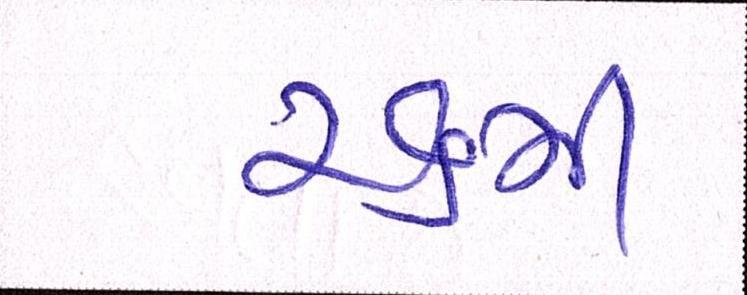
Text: ૨૬મી